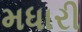
મધારી